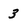
Character: 3